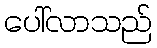
ပေါ်လာသည်